Vaccination in Burma 1900-1911 - 1900-1911
Year: 1900
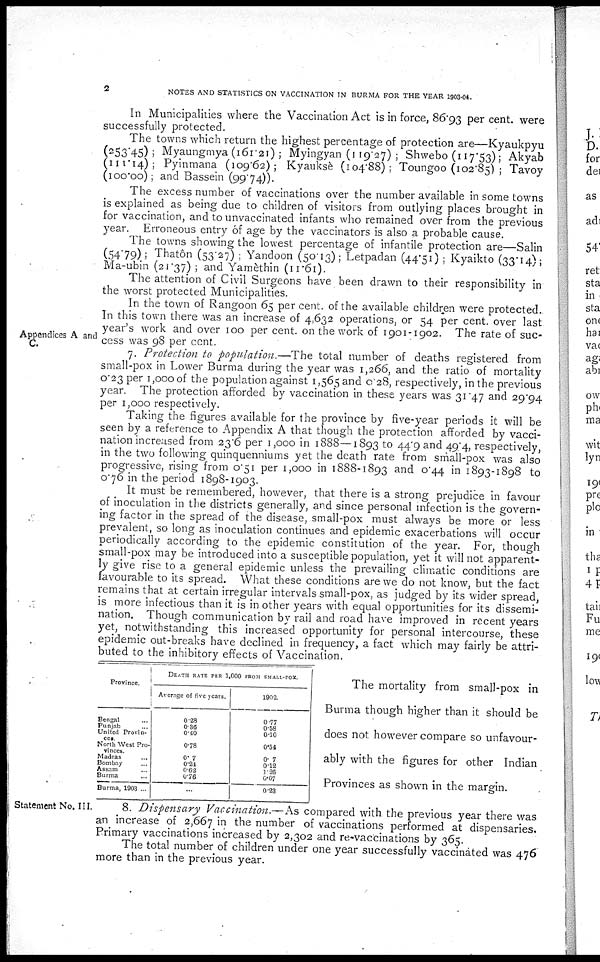
2
NOTES AND STATISTICS ON VACCINATION IN BURMA FOR THE YEAR 1903-04.
In Municipalities where the Vaccination Act is in force, 86.93 per cent. were
successfully protected.
The towns which return the highest percentage of protection are—Kyaukpyu
(253.45) ; Myaungmya (161.21); Myingyan (119.27) ; Shwebo (117.53); Akyab
(111.14) ; Pyinmana (109.62); Kyauksè (104.88); Toungoo (102.85) ; Tavoy
(100.00); and Bassein (99.74)).
The excess number of vaccinations over the number available in some towns
is explained as being due to children of visitors from outlying places brought in
for vaccination, and to unvaccinated infants who remained over from the previous
year. Erroneous entry of age by the vaccinators is also a probable cause.
The towns showing the lowest percentage of infantile protection are—Salin
(54.79); Thatôn (53.27) ; Yandoon (50.13); Letpadan (44.51); Kyaikto (33.14);
Ma-ubin (21.37) ; and Yamèthin (11.61).
The attention of Civil Surgeons have been drawn to their responsibility in
the worst protected Municipalities.
Appendices A and
In the town of Rangoon 65 per cent. of the available children were protected.
In this town there was an increase of 4,632 operations, or 54 per cent. over last
year's work and over 100 per cent. on the work of 1901-1902. The rate of suc-
cess was 98 per cent.
7. Protection to population.—The total number of deaths registered from
small-pox in Lower Burma during the year was 1,266, and the ratio of mortality
0.23 per 1,000 of the population against 1,565 and 0.28, respectively, in the previous
year. The protection afforded by vaccination in these years was 31.47 and 29.94
per 1,000 respectively.
Taking the figures available for the province by five-year periods it will be
seen by a reference to Appendix A that though the protection afforded by vacci-
nation increased from 23.6 per 1,000 in 1888—1893 to 44.9 and 49.4, respectively,
in the two following quinquenniums yet the death rate from small-pox was also
progressive, rising from 0.51 per 1,000 in 1888-1893 and 0.44 in 1893-1898 to
0.76 in the period 1898-1903.
It must be remembered, however, that there is a strong prejudice in favour
of inoculation in the districts generally, and since personal infection is the govern-
ing factor in the spread of the disease, small-pox must always be more or less
prevalent, so long as inoculation continues and epidemic exacerbations will occur
periodically according to the epidemic constitution of the year. For, though
small-pox may be introduced into a susceptible population, yet it will not apparent-
ly give rise to a general epidemic unless the prevailing climatic conditions are
favourable to its spread. What these conditions are we do not know, but the fact
remains that at certain irregular intervals small-pox, as judged by its wider spread,
is more infectious than it is in other years with equal opportunities for its dissemi-
nation. Though communication by rail and road have improved in recent years
yet, notwithstanding this increased opportunity for personal intercourse, these
epidemic out-breaks have declined in frequency, a fact which may fairly be attri-
buted to the inhibitory effects of Vaccination.
Province.
Bengal ...
Punjab ...
United Provin-
ces.
North West Pro-
vinces.
Madras ...
Bombay ...
Assam ...
Burma ...
Burma, 1903 ...
DEATH RATE PER 1,000 FROM SMALL-POX.
Average of five years.
0.28
0.36
0.40
0.78
0.7
0.24
0.62
0.76
...
1902.
0.77
0.58
0.10
0.64
0.7
0.12
1.26
0.07
0.23
The mortality from small-pox in
Burma though higher than it should be
does not however compare so unfavour-
ably with the figures for other Indian
Provinces as shown in the margin.
Statement No. III.
8. Dispensary Vaccination.—As compared with the previous year there was
an increase of 2,667 in the number of vaccinations performed at dispensaries,
Primary vaccinations increased by 2,302 and re-vaccinations by 365.
The total number of children under one year successfully vaccinated was 476
more than in the previous year.